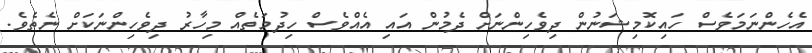
އެހެންނަމަވެސް ހައިކޮމިޝަނުން ދިވެހިންނަށް ދެމުން އައި އެއްވެސް ހިދުމަތެއް މިހާރު ދިވެހިންނަކަށް ނެތެވެ.